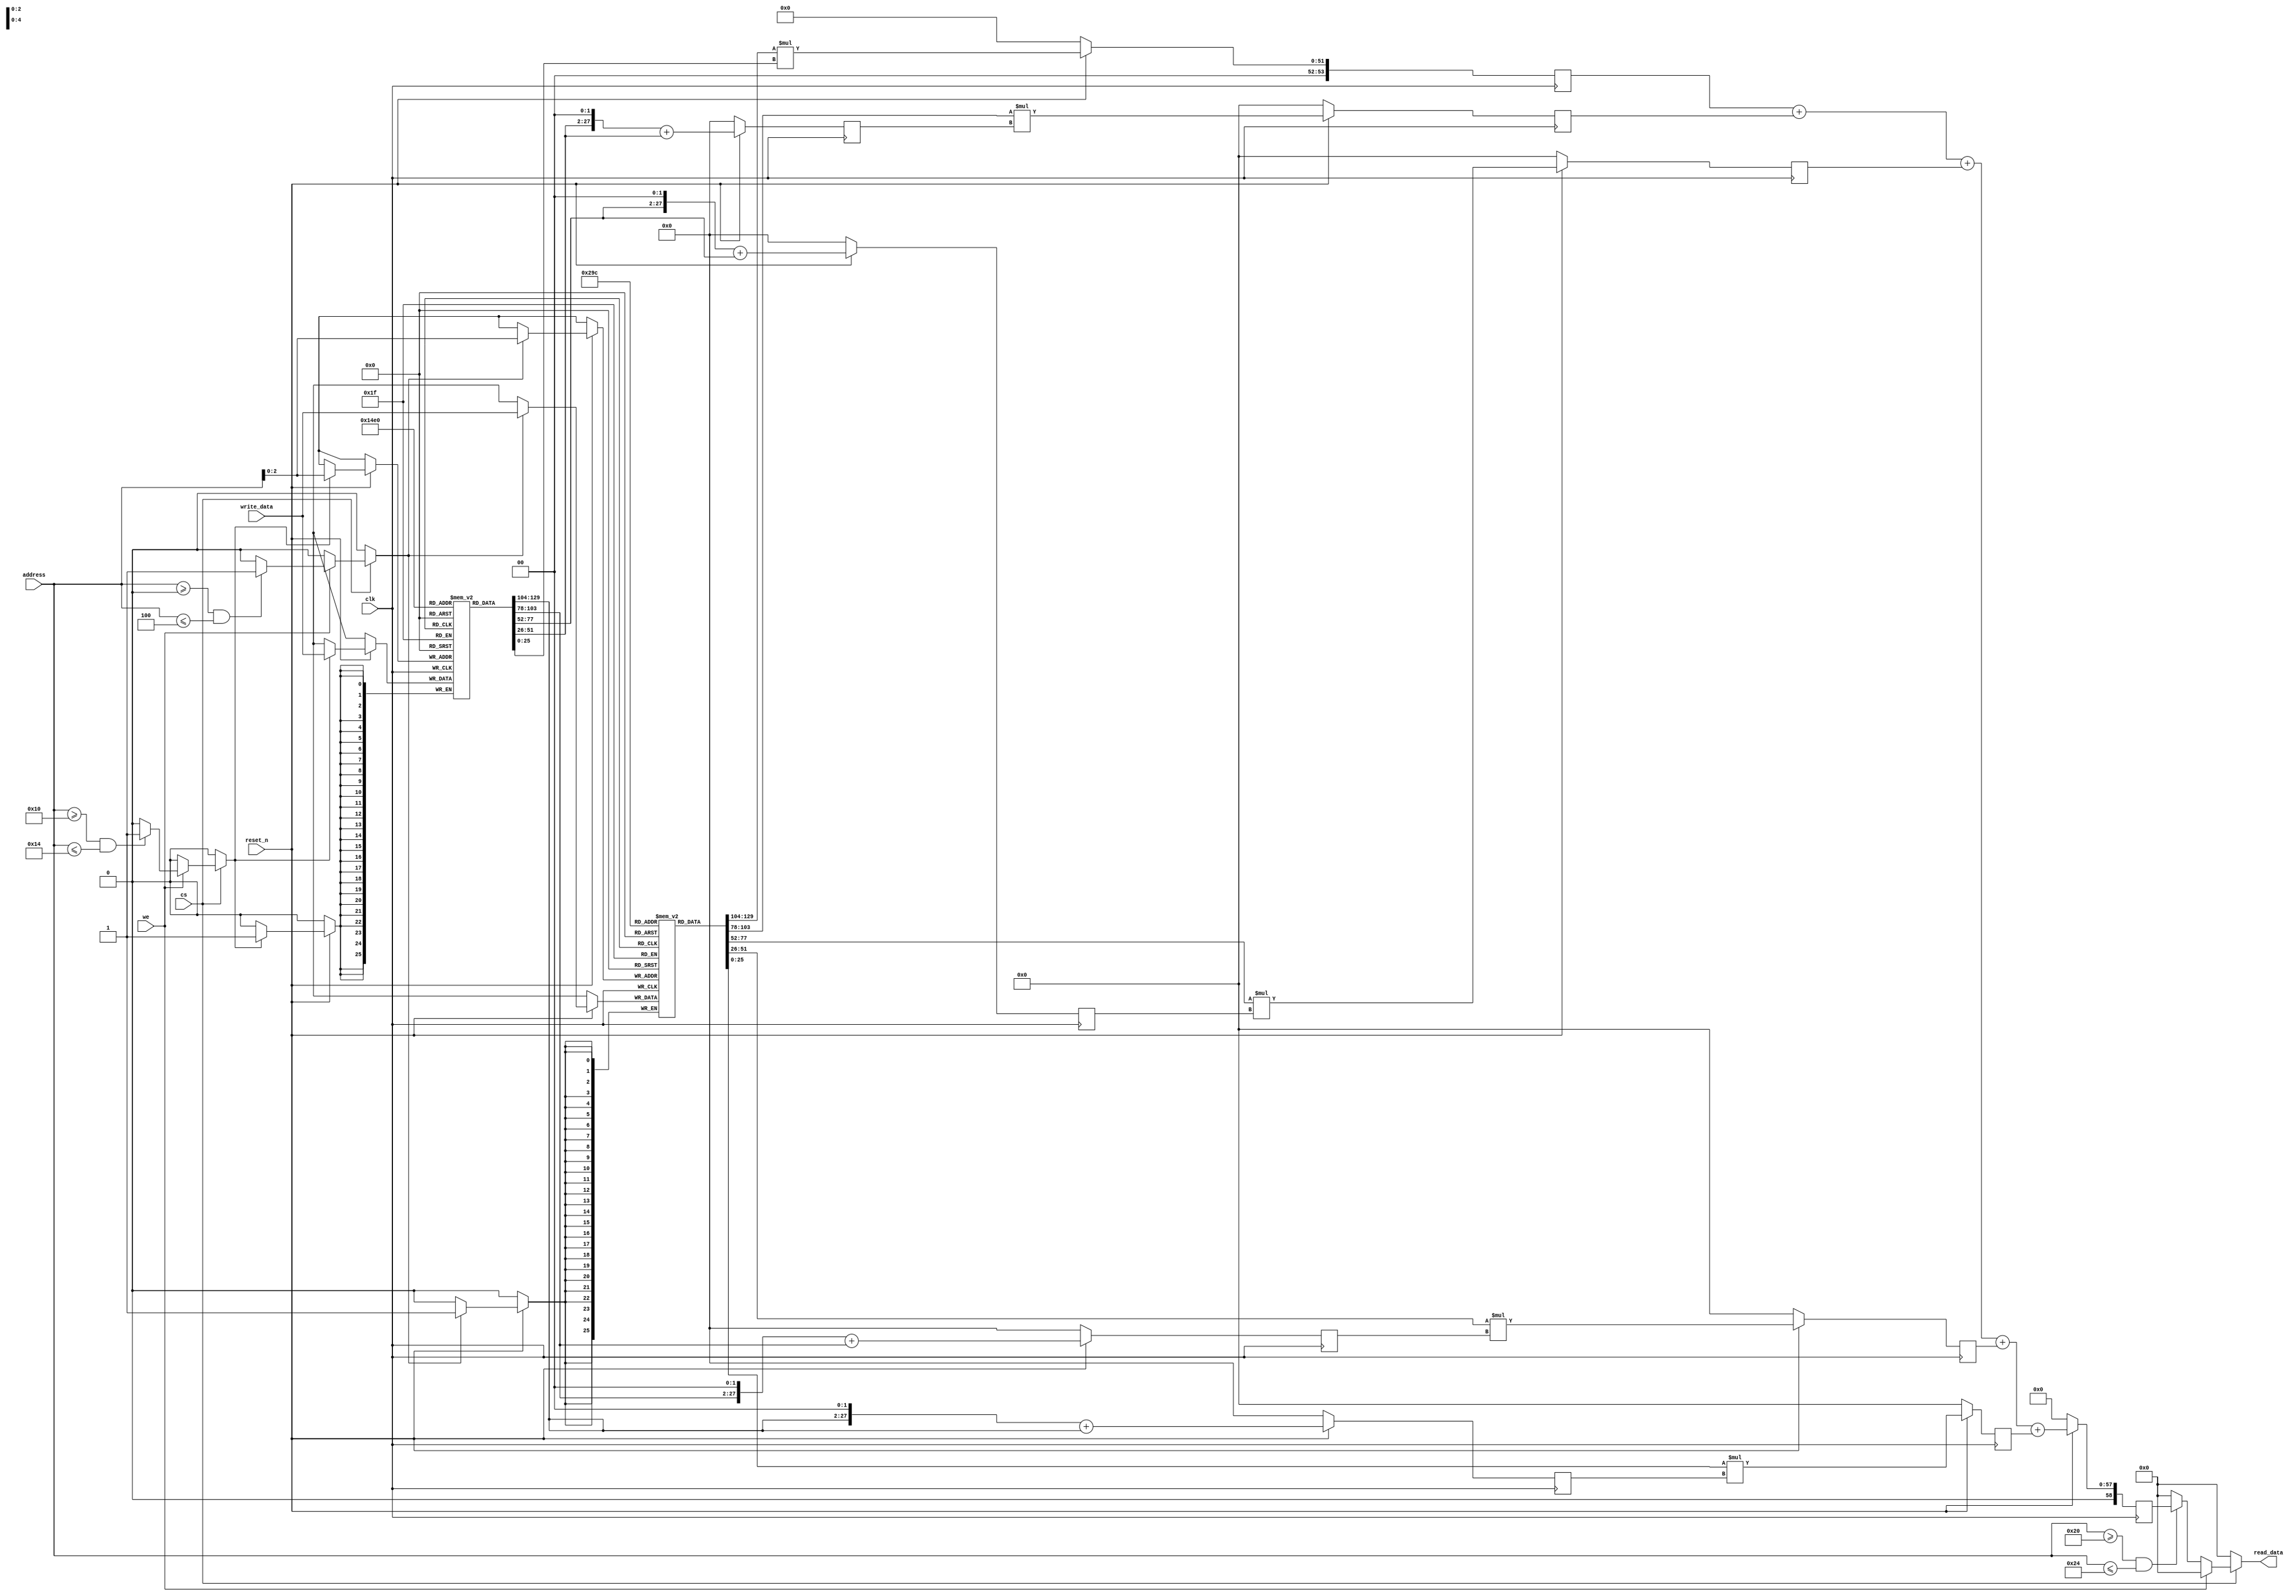
module mulacc_test(
                   input wire           clk,
                   input wire           reset_n,

                   input wire           cs,
                   input wire           we,
                   input wire  [5 : 0]  address,
                   input wire  [25 : 0] write_data,
                   output wire [58 : 0] read_data
                   );

  //----------------------------------------------------------------
  // Defines. For the API.
  //----------------------------------------------------------------
  localparam ADDR_A0   = 8'h00;
  localparam ADDR_A4   = 8'h04;
  localparam ADDR_B0   = 8'h10;
  localparam ADDR_B4   = 8'h14;
  localparam ADDR_RES0 = 8'h20;
  localparam ADDR_RES4 = 8'h24;


  //----------------------------------------------------------------
  // Registers including update variables and write enable.
  //----------------------------------------------------------------
  reg [25 : 0] a_mem [0 : 4];
  reg          a_mem_we;
  reg [25 : 0] b_mem [0 : 4];
  reg          b_mem_we;

  reg [58 : 0] p0_reg;
  reg [58 : 0] p0_new;

  reg [28 : 0] b51_reg;
  reg [28 : 0] b51_new;
  reg [28 : 0] b52_reg;
  reg [28 : 0] b52_new;
  reg [28 : 0] b53_reg;
  reg [28 : 0] b53_new;
  reg [28 : 0] b54_reg;
  reg [28 : 0] b54_new;

  reg [53 : 0] prim0_reg;
  reg [53 : 0] prim0_new;
  reg [53 : 0] prim1_reg;
  reg [53 : 0] prim1_new;
  reg [53 : 0] prim2_reg;
  reg [53 : 0] prim2_new;
  reg [53 : 0] prim3_reg;
  reg [53 : 0] prim3_new;
  reg [53 : 0] prim4_reg;
  reg [53 : 0] prim4_new;


  //----------------------------------------------------------------
  // Wires.
  //----------------------------------------------------------------
  reg [58 : 0] tmp_read_data;


  //----------------------------------------------------------------
  // Concurrent connectivity for ports etc.
  //----------------------------------------------------------------
  assign read_data = tmp_read_data;


  //----------------------------------------------------------------
  // reg_update
  //
  // Update functionality for all registers in the core.
  // All registers are positive edge triggered with synchronous
  // active low reset.
  //----------------------------------------------------------------
  always @ (posedge clk)
    begin : reg_update
      if (!reset_n)
        begin
          b51_reg   <= 29'h0;
          b52_reg   <= 29'h0;
          b53_reg   <= 29'h0;
          b54_reg   <= 29'h0;
          prim0_reg <= 54'h0;
          prim1_reg <= 54'h0;
          prim2_reg <= 54'h0;
          prim3_reg <= 54'h0;
          prim4_reg <= 54'h0;
          p0_reg    <= 59'h0;
        end
      else
        begin
          b51_reg <= b51_new;
          b52_reg <= b52_new;
          b53_reg <= b53_new;
          b54_reg <= b54_new;

          prim0_reg <= prim0_new;
          prim1_reg <= prim1_new;
          prim2_reg <= prim2_new;
          prim3_reg <= prim3_new;
          prim4_reg <= prim4_new;

          p0_reg <= p0_new;

          if (a_mem_we)
            a_mem[address[2:0]] <= write_data;

          if (b_mem_we)
            b_mem[address[2:0]] <= write_data;
        end
    end // reg_update


  //----------------------------------------------------------------
  // mac_logic
  //----------------------------------------------------------------
  always @*
    begin : mac_logic
      reg [28 : 0] b51;
      reg [28 : 0] b52;
      reg [28 : 0] b53;
      reg [28 : 0] b54;

      // Fix the fixed mult by five operands.
      b51_new = {b_mem[1], 2'b0} + b_mem[1];
      b52_new = {b_mem[2], 2'b0} + b_mem[2];
      b53_new = {b_mem[3], 2'b0} + b_mem[3];
      b54_new = {b_mem[4], 2'b0} + b_mem[4];

      // Perform multiplications.
      prim0_new = a_mem[0] * b_mem[0];
      prim1_new = a_mem[1] * b54_reg;
      prim2_new = a_mem[2] * b53_reg;
      prim3_new = a_mem[3] * b52_reg;
      prim4_new = a_mem[4] * b51_reg;

      // Peform final additions of products.
      p0_new = prim0_reg + prim1_reg + prim2_reg +
               prim3_reg + prim4_reg;
    end


  //----------------------------------------------------------------
  // Address decoder logic.
  //----------------------------------------------------------------
  always @*
    begin : addr_decoder
      a_mem_we      = 0;
      b_mem_we      = 0;
      tmp_read_data = 59'h0;

      if (cs)
        begin
          if (we)
            begin
              if ((address >= ADDR_A0) && (address <= ADDR_A4))
                a_mem_we = 1;

              if ((address >= ADDR_B0) && (address <= ADDR_B4))
                b_mem_we = 1;
            end

          else
            begin
              if ((address >= ADDR_RES0) && (address <= ADDR_RES4))
                tmp_read_data = p0_reg;
            end
        end
    end // addr_decoder

endmodule